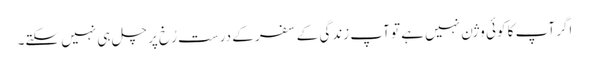
اگر آپ کا کوئی وژن نہیں ہے تو آپ زندگی کے سفر کے درست رُخ پر چل ہی نہیں سکتے۔